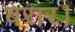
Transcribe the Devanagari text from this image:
बरार।